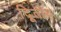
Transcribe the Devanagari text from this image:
दिूतीय